Provision of milk for school children, 1934
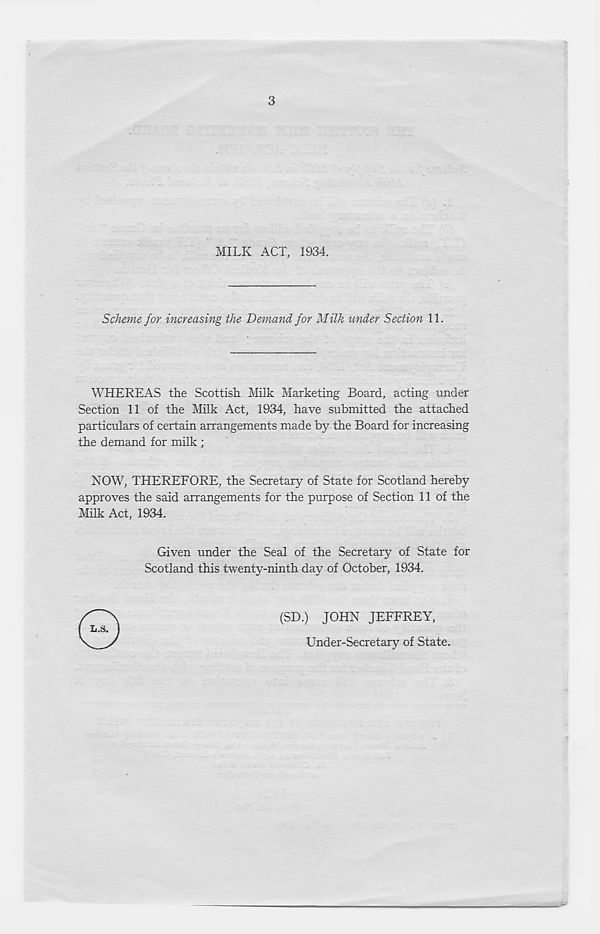
3
MILK ACT, 1934.
Scheme for increasing the Demand for Milk under Section 11.
WHEREAS the Scottish Milk Marketing Board, acting under
Section 11 of the Milk Act, 1934, have submitted the attached
particulars of certain arrangements made by the Board for increasing
the demand for milk ;
NOW, THEREFORE, the Secretary of State for Scotland hereby
approves the said arrangements for the purpose of Section 11 of the
Milk Act, 1934.
Given under the Seal of the Secretary of State for
Scotland this twenty-ninth day of October, 1934.
(SD.) JOHN JEFFREY,
Under-Secretary of State.